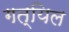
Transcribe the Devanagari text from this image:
गत्यिल